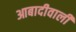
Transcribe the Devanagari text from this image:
आबादीवाली